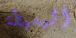
البسيطة